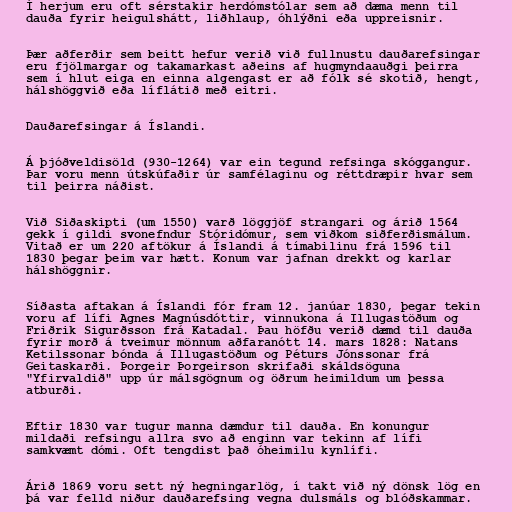
Í herjum eru oft sérstakir herdómstólar sem að dæma menn til
dauða fyrir heigulshátt, liðhlaup, óhlýðni eða uppreisnir.

Þær aðferðir sem beitt hefur verið við fullnustu dauðarefsingar
eru fjölmargar og takamarkast aðeins af hugmyndaauðgi þeirra
sem í hlut eiga en einna algengast er að fólk sé skotið, hengt,
hálshöggvið eða líflátið með eitri.

Dauðarefsingar á Íslandi.

Á þjóðveldisöld (930-1264) var ein tegund refsinga skóggangur.
Þar voru menn útskúfaðir úr samfélaginu og réttdræpir hvar sem
til þeirra náðist.

Við Siðaskipti (um 1550) varð löggjöf strangari og árið 1564
gekk í gildi svonefndur Stóridómur, sem viðkom siðferðismálum.
Vitað er um 220 aftökur á Íslandi á tímabilinu frá 1596 til
1830 þegar þeim var hætt. Konum var jafnan drekkt og karlar
hálshöggnir.

Síðasta aftakan á Íslandi fór fram 12. janúar 1830, þegar tekin
voru af lífi Agnes Magnúsdóttir, vinnukona á Illugastöðum og
Friðrik Sigurðsson frá Katadal. Þau höfðu verið dæmd til dauða
fyrir morð á tveimur mönnum aðfaranótt 14. mars 1828: Natans
Ketilssonar bónda á Illugastöðum og Péturs Jónssonar frá
Geitaskarði. Þorgeir Þorgeirson skrifaði skáldsöguna
"Yfirvaldið" upp úr málsgögnum og öðrum heimildum um þessa
atburði.

Eftir 1830 var tugur manna dæmdur til dauða. En konungur
mildaði refsingu allra svo að enginn var tekinn af lífi
samkvæmt dómi. Oft tengdist það óheimilu kynlífi.

Árið 1869 voru sett ný hegningarlög, í takt við ný dönsk lög en
þá var felld niður dauðarefsing vegna dulsmáls og blóðskammar.